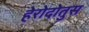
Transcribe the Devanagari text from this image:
हेरोदोतुस